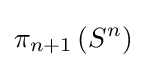
\pi _{n+1}\left(S^{n}\right)